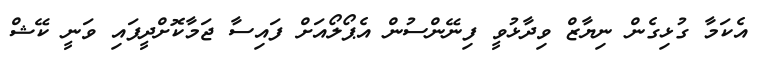
އެކަމާ ގުޅިގެން ނިޔާޒް ވިދާޅުވީ ފިނޭންސުން އެޕޯލޯއަށް ފައިސާ ޖަމާކޮށްދީފައި ވަނީ ކޭޝް